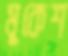
মুকেশ